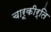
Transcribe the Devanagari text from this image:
चारूकीर्ति